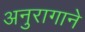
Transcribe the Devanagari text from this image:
अनुरागाने